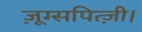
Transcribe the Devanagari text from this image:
ज़ूग्सपित्ज़ी।